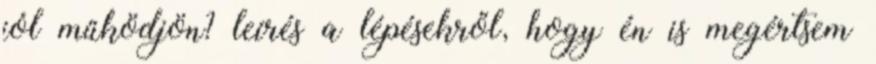
jól működjön? leírés a lépésekről, hogy én is megértsem